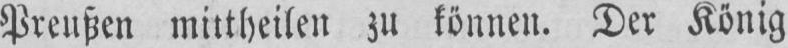
Preußen mittheilen zu können. Der König